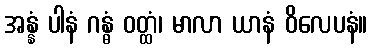
အန္နံ ပါနံ ဂန္ဓံ ဝတ္ထံ၊ မာလာ ယာနံ ဝိလေပနံ။